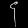
Digit: ၄